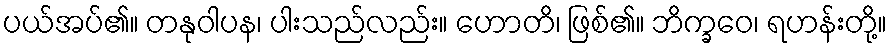
ပယ်အပ်၏။ တနုဝါပန၊ ပါးသည်လည်း။ ဟောတိ၊ ဖြစ်၏။ ဘိက္ခဝေ၊ ရဟန်းတို့။